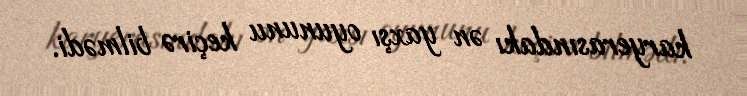
karyerasındakı ən yaxşı oyununu keçirə bilmədi.